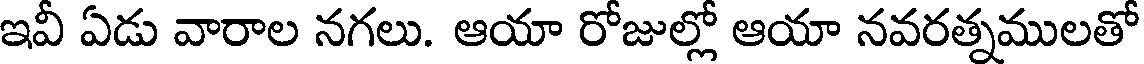
ఇవీ ఏడు వారాల నగలు. ఆయా రోజుల్లో ఆయా నవరత్నములతో